Annual administration report of the Civil Veterinary Department of India - 1898-1899
Year: 1898
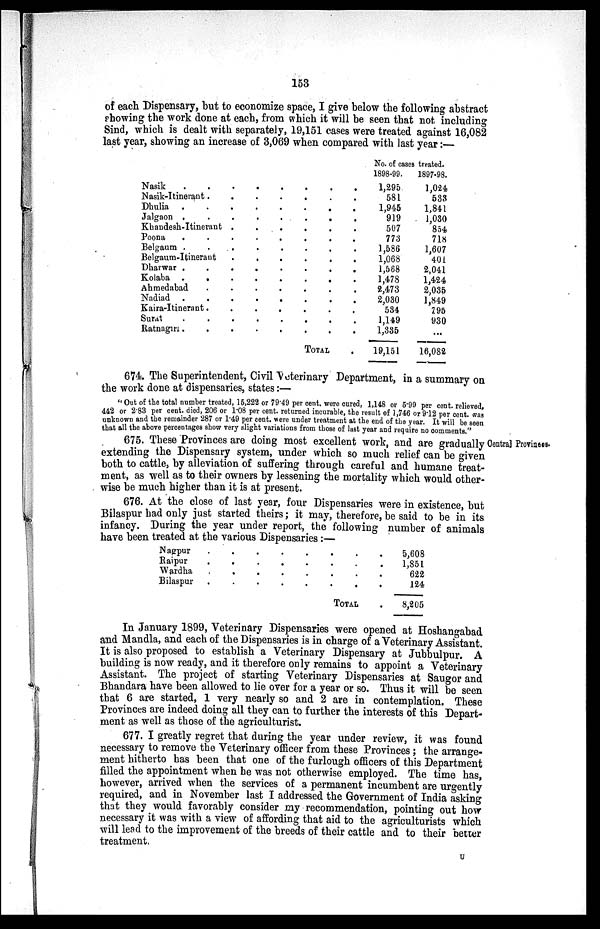
153
of each Dispensary, but to economize space, I give below the following abstract
showing the work done at each, from which it will be seen that not including
Sind, which is dealt with separately, 19,151 cases were treated against 16,082
last year, showing an increase of 3,069 when compared with last year:
Nasik . . . . . . . .
Nasik-Itinerant . . . . . . .
Dhulia . . . . . . . .
Jalgaon . . . . . . . .
Khandesli-Itinerant . . . . . .
Poona . . . . . . . .
Belgaum . . . . . . . .
Belgaum-Itinerant . . . . . .
Dharwar . . . . . . . .
Kolaba . . . . . . . .
Ahmedabad . . . . . . .
Nadiad . . . . . . . .
Kaira-Itinerant . . . . . . .
Surat . . . . . . . .
Ratnagm . . . . . . . .
TOTAL .
No. of cases
treated.
1898-99.
1,295
581
1,945
919
507
773
1,586
1,068
1,568
1,478
2,473
2,030
534
1,149
1,335
19,151
1897-98.
1,024
533
1,841
1,030
854
718
1,607
401
2,041
1,424
2,035
1,849
795
930
...
16,082
674 The Superintendent, Civil Veterinary Department, in a summary on
the work done at dispensaries, states:—
"Out of the total number treated, 15,222 or 79.49 per cent. were cured, 1,148 or 5.99 per cent. relieved,
442 or 2.83 per cent. died, 206 or 1.08 per cent. returned incurable, the result of 1,746 or 9.12 per cent. was
unknown and the remainder 287 or 1.49 per cent. were under treatment at the end of the year. It will be seen
that all the above percentages show very slight variations from those of last year and require no comments."
Central Provinces.
675. These Provinces are doing most excellent work, and are gradually
extending the Dispensary system, under which so much relief can be given
both to cattle, by alleviation of suffering through careful and humane treat-
ment, as well as to their owners by lessening the mortality which would other-
wise be much higher than it is at present.
676. At the close of last year, four Dispensaries were in existence, but
Bilaspur had only just started theirs; it may, therefore, be said to be in its
infancy. During the year under report, the following number of animals
have been treated at the various Dispensaries:—
Nagpur . . . . . . . .
Raipur . . . . . . . .
Wardha . . . . . . . .
Bilaspur . . . . . . . .
TOTAL
.
5,608
1,851
622
124
8,205
In January 1899, Veterinary Dispensaries were opened at Hoshangabad
and Mandla, and each of the Dispensaries is in charge of a Veterinary Assistant.
It is also proposed to establish a Veterinary Dispensary at Jubbulpur. A
building is now ready, and it therefore only remains to appoint a Veterinary
Assistant. The project of starting Veterinary Dispensaries at Saugor and
Bhandara have been allowed to lie over for a year or so. Thus it will be seen
that 6 are started, 1 very nearly so and 2 are in contemplation. These
Provinces are indeed doing all they can to further the interests of this Depart-
ment as well as those of the agriculturist.
677. I greatly regret that during the year under review, it was found
necessary to remove the Veterinary officer from these Provinces; the arrange-
ment hitherto has been that one of the furlough officers of this Department
filled the appointment when he was not otherwise employed. The time has,
however, arrived when the services of a permanent incumbent are urgently
required, and in November last I addressed the Government of India asking
that they would favorably consider my recommendation, pointing out how
necessary it was with a view of affording that aid to the agriculturists which
will lead to the improvement of the breeds of their cattle and to their better
treatment,
U